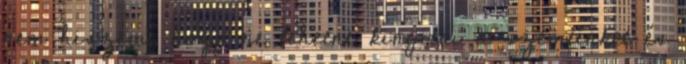
nem hiszem, hogy ne lehetne kinyitni a szemünket és